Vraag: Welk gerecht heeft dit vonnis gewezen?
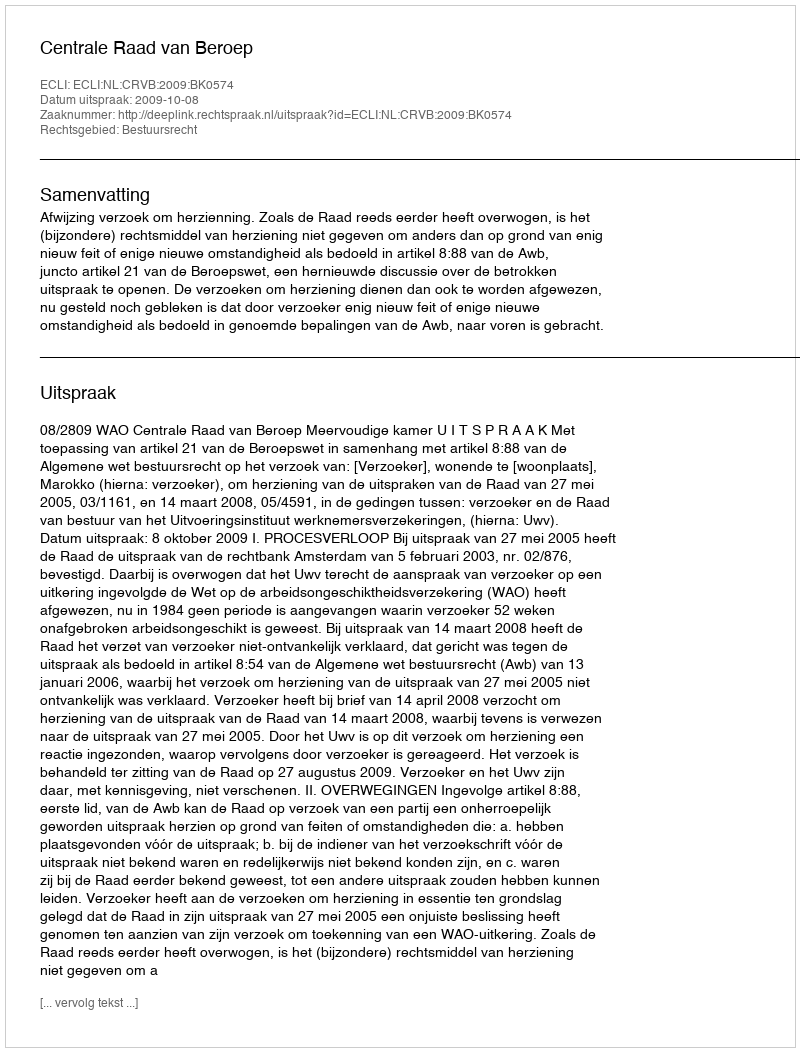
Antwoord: Centrale Raad van Beroep